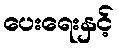
ပေးရေးနှင့်